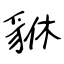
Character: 貅